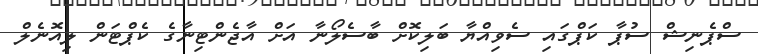
ސްޕެނިޝް ސުޕާ ކަޕްގައި ސެވިއްޔާ ބަލިކޮށް ބާސެލޯނާ އަށް އާޖެންޓިނާގެ ކެޕްޓަން ލިއޮނެލް